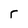
Character: r